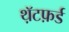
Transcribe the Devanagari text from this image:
थ़ॅटफ़र्ड